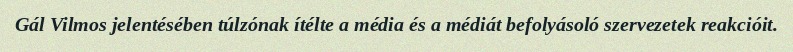
Gál Vilmos jelentésében túlzónak ítélte a média és a médiát befolyásoló szervezetek reakcióit.